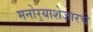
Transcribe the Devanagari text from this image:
मनोर्‍याशेजारचे